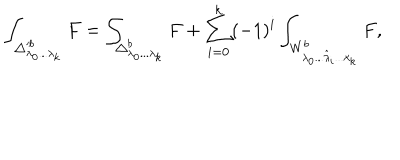
\int _ { \triangle _ { \lambda _ { 0 } . . . \lambda _ { k } } ^ { \prime b } } F = \int _ { \triangle _ { \lambda _ { 0 } . . . \lambda _ { k } } ^ { b } } F + \sum _ { i = 0 } ^ { k } ( - 1 ) ^ { i } \int _ { W _ { \lambda _ { 0 } . . . \hat { \lambda } _ { i } . . . \lambda _ { k } } ^ { b } } F ,